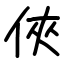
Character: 俠